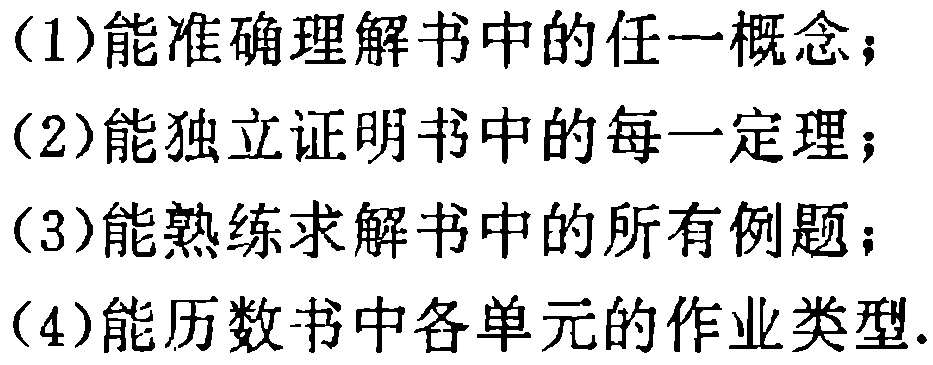
(1)能准确理解书中的任一概念；

(2)能独立证明书中的每一定理；

(3)能熟练求解书中的所有例题；

(4)能历数书中各单元的作业类型.